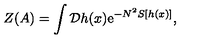
Z ( A ) = \int { \cal D } h ( x ) \mathrm { e } ^ { - N ^ { 2 } S [ h ( x ) ] } ,